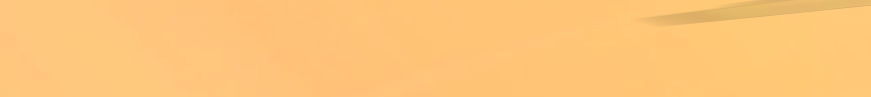
محل بيع أدوات مكتبية   كل